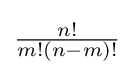
{\tfrac {n!}{m!(n-m)!}}